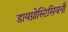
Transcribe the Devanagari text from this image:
डायग्नोस्टिसियनौं